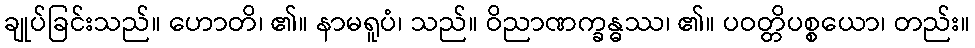
ချုပ်ခြင်းသည်။ ဟောတိ၊ ၏။ နာမရူပံ၊ သည်။ ဝိညာဏက္ခန္ဓဿ၊ ၏။ ပဝတ္တိပစ္စယော၊ တည်း။